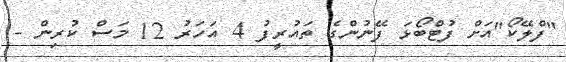
"ފްލޭކޯ"އަށް ފުޓްބޯޅަ ފޭނުންގެ ތައުރީފު 4 އަހަރު 12 މަސް ކުރިން -